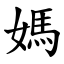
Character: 媽